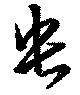
央